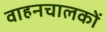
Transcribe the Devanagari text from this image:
वाहनचालकों